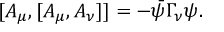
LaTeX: [ A _ { \mu } , [ A _ { \mu } , A _ { \nu } ] ] = - \bar { \psi } \Gamma _ { \nu } \psi .